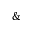
\&